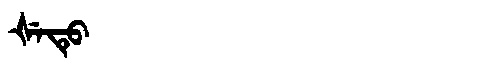
Manchu: ᡧᡝᡨᡠ
Romanization: ŠETU